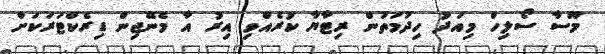
މޫސާ ސޯލިހް މިއަދު ހިދުމަތުން ރިޓާޔާ ކުރެއްވި އިރު އާ މެނޭޖިން ޑިރެކްޓަރަކަށް